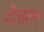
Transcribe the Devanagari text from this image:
नीचतम